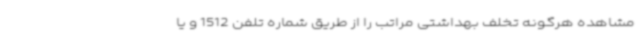
مشاهده هرگونه تخلف بهداشتی مراتب را از طریق شماره تلفن 1512 و یا